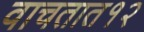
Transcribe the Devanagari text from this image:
वाचतात१२